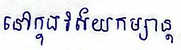
នៅក្នុងវិស័យកម្សាន្ត